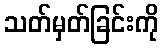
သတ်မှတ်ခြင်းကို